Report of the Municipal Commissioner on the plague in Bombay for the year ending 31st May... - Volume 2
Disease focus: Plague
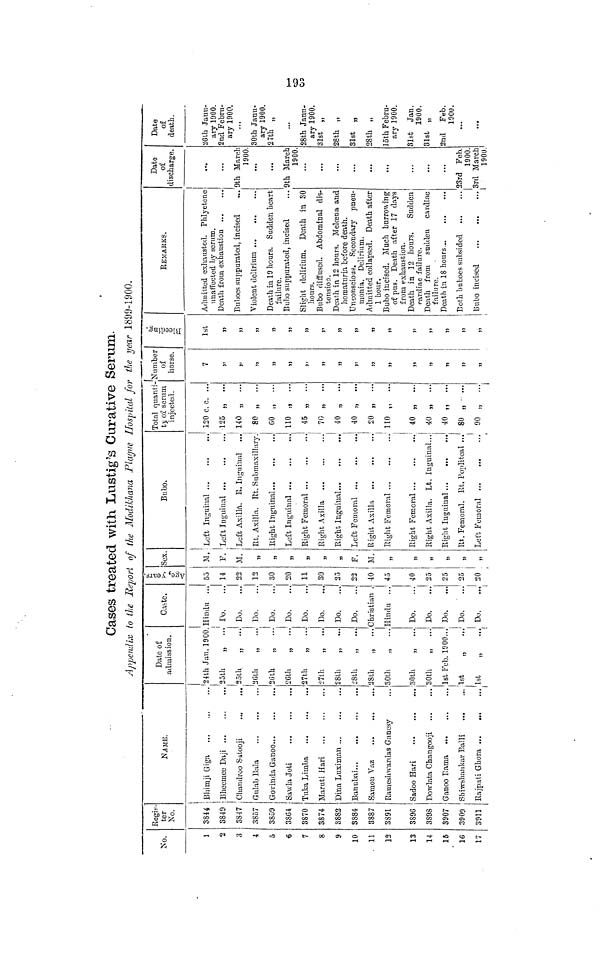
>-»
to
O3
Cases treated with Lustig's Curative Serum.
Appendix to tie Report of the Modi/Jtana Plague Hospital for the year 1899-1900.
No.
1
•2
3
4
5
€
7
8
9
10
. 11
12
13
14
IB
16
17
Regis-
ter
No.
3844
3849
3847
3857
3859
38G4
3870
3874
3882
S884
3887
3891
3896
3898
3907
3909
3911
NAME.
\
jBhirnji Giga
i
i Bhecmee Daji
' , Chamlroo S-alooji
...
...
GulabBala
Goviuda Ganoo
Sa\vla Joti
Tuka Lirnba
Maruti Hari
Dina Luximan
Samou Vaz
Rameslnvardas Gancsy
Sadoo Hari
Dowlata Changooji
Ganoo Rama
Sbiwshankar Ealli
Rajpati Ghova ...
...
...
Date of
admission.
24th Jan. 1900.
25th
„
35th
„ ...
36th
„
Stith
„
...
26th
„
...
27th
„ ...
27th
„ ...
28th
„ ...
28th
„
...
28th
„
...
80th
„
...
30th
„ ...
30th
„ ...
1st Feb. 1900...
1st
„
...
O.ifctc.
Hindu ...
rv, ...
Da . ...
Do.
Do.
Do.
Do.
Do.
Do.
Do.
Christian .
Hindu ...
Do.
Do.
...'
Do.
Do. ' ...
DO.
...
•M
6
P-.
aT
tjj
<
55
14
22
12
30
20
11
30
25
22
40
45
40
25
25
25
30
1
Sex.
M.
F.
M.
»
M
j)
11
n
n
F.
M.
»
))
»
»
»
"
Bubo.
Loft Inguinal
Left Inguinal
Left Axilla. R. Inguinal
Rt. Axilla. Rt. Submaxillary.
Right Inguinal
Left Inguinal
Risht Axilla
Right Inguinal
Left Femoral ...
Ricrht Axilla
Right Femoral
Right Femoral ...
Right Axilla. Lt. Inguinal...
Right Inguinal ...
IU. Femoral. Rt. Popliteal ...
I
Left Femoral
Total quant i
ty of serum
injected.
120 c. c. ...
125 „
...
140 „
...
80 „
...
GO „
...
110 „
...
45
70 „
40 „
...
40 „
...
20 „
"
110 „
...
40 „
...
40 „
...
40 „ ...
80 „ • ...
90 „
...
" Number
of
horse.
7
»
»>
»
)?
»
»
5)
»
J)
»
»
M
1)
"
»
))
ti
.5
o
o
s
1st
»
))
J)
»
5>
)>
5'
»
»
»
5>
51
J>
5J
17
>)
REMAKKS.
Admitted exliausted. Phlyetcne
unaffected by sorum.
Death from exhaustion
Buboes suppurated, incised
Death in 19 hours. Sudden heart
failure.
Bubo suppurated, incised
Slight delirium. Death in 30
hours.
Bubo diffused. Abdominal dis-
tension.
Death in 12 hours. Melcena and
homaturia before death.
Unconscious, Secondary pneu-
monia. Delirium.
Admitted collapsed. Death after
1 hour.
Bubo incised. Much burrowing
of pus. Death after 17 days
from exhaustion.
Death in 12 hours.
Sudden
cardiac failure.
Death from sudden cardiac
failure.
Both buboes subsided
Bubo incised
I
Date
of
discharge.
9th March
1900
9th March
1900.
23rd Feb.
1900.
3rd March
1900.
Date
of
death.
26th Janu-
ary 1900.
2nd Febru-
ary 1900.
30th Janu-
ary 1900.
27th „
28th Janu-
ary 1900.
31st „
28th „
31st „
28th „
oth Febru-
ary 1900.
Sl&t
Jan.
1900.
31st „
2nd
Feb.
1900.